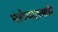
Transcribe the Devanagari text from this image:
मांसोत्पादनासाठी